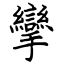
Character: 攣